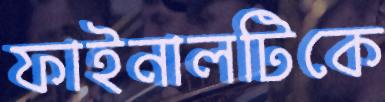
ফাইনালটিকে